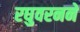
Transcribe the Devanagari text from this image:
रघुवरनने